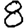
Digit: 8